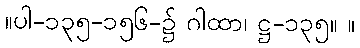
။ပါ-၁၃၅-၁၅၆-၌ ဂါထာ၊ ဋ္ဌ-၁၃၅။ ။